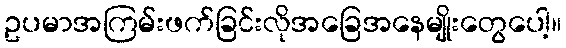
ဥပမာအကြမ်းဖက်ခြင်းလိုအခြေအနေမျိုးတွေပေါ့။